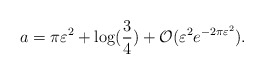
\begin{align*}a = \pi \varepsilon^2 + \log(\frac{3}{4}) + \mathcal{O}(\varepsilon^2 e^{-2\pi \varepsilon^2}).\end{align*}